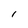
Character: l